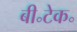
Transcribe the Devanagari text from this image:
बी॰टेक॰